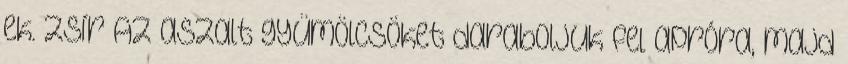
ek. zsír Az aszalt gyümölcsöket daraboljuk fel apróra, majd